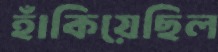
হাঁকিয়েছিল